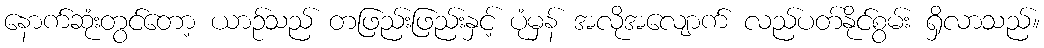
နောက်ဆုံးတွင်တော့ ယာဉ်သည် တဖြည်းဖြည်းနှင့် ပုံမှန် အလိုအလျောက် လည်ပတ်နိုင်စွမ်း ရှိလာသည်။